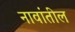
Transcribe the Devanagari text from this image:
नावांतील